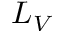
L _ { V }